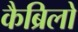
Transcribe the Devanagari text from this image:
कैब्रिलो